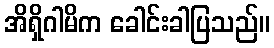
အိရှိဂါမိက ခေါင်းခါပြသည်။